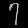
Digit: ၇